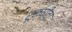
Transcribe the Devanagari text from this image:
रूक्षीदा